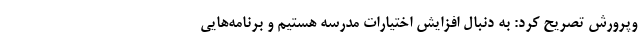
‌وپرورش تصریح کرد: به دنبال افزایش اختیارات مدرسه هستیم و برنامه‌هایی